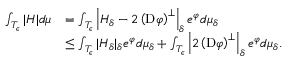
\begin{array} { r l } { \int _ { T _ { \epsilon } } | H | d \mu } & { = \int _ { T _ { \epsilon } } \left| H _ { \delta } - 2 \left( \mathrm D \varphi \right) ^ { \perp } \right| _ { \delta } e ^ { \varphi } d \mu _ { \delta } } \\ & { \leq \int _ { T _ { \epsilon } } | H _ { \delta } | _ { \delta } e ^ { \varphi } d \mu _ { \delta } + \int _ { T _ { \epsilon } } \left| 2 \left( \mathrm D \varphi \right) ^ { \perp } \right| _ { \delta } e ^ { \varphi } d \mu _ { \delta } . } \end{array}